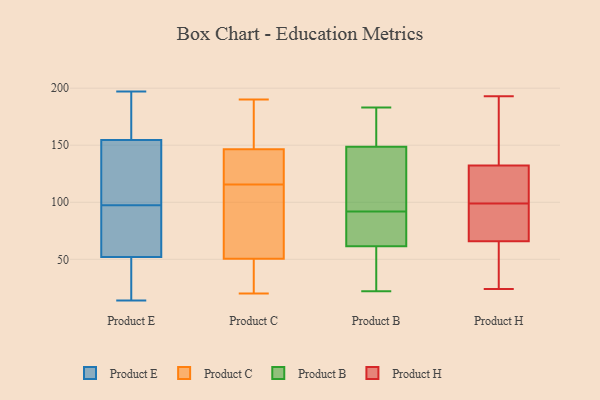
{"axis": {"x": "Satisfaction Score", "y": "Value"}, "legend": ["Product B", "Product C", "Product E", "Product H"], "data": [{"x": "", "y": 174, "type": "Product E"}, {"x": "", "y": 142, "type": "Product E"}, {"x": "", "y": 149, "type": "Product E"}, {"x": "", "y": 197, "type": "Product E"}, {"x": "", "y": 174, "type": "Product E"}, {"x": "", "y": 74, "type": "Product E"}, {"x": "", "y": 48, "type": "Product E"}, {"x": "", "y": 106, "type": "Product E"}, {"x": "", "y": 98, "type": "Product E"}, {"x": "", "y": 51, "type": "Product E"}, {"x": "", "y": 54, "type": "Product E"}, {"x": "", "y": 39, "type": "Product E"}, {"x": "", "y": 97, "type": "Product E"}, {"x": "", "y": 55, "type": "Product E"}, {"x": "", "y": 26, "type": "Product E"}, {"x": "", "y": 111, "type": "Product E"}, {"x": "", "y": 160, "type": "Product E"}, {"x": "", "y": 53, "type": "Product E"}, {"x": "", "y": 175, "type": "Product E"}, {"x": "", "y": 14, "type": "Product E"}, {"x": "", "y": 176, "type": "Product C"}, {"x": "", "y": 55, "type": "Product C"}, {"x": "", "y": 190, "type": "Product C"}, {"x": "", "y": 30, "type": "Product C"}, {"x": "", "y": 79, "type": "Product C"}, {"x": "", "y": 27, "type": "Product C"}, {"x": "", "y": 155, "type": "Product C"}, {"x": "", "y": 109, "type": "Product C"}, {"x": "", "y": 151, "type": "Product C"}, {"x": "", "y": 20, "type": "Product C"}, {"x": "", "y": 142, "type": "Product C"}, {"x": "", "y": 98, "type": "Product C"}, {"x": "", "y": 119, "type": "Product C"}, {"x": "", "y": 35, "type": "Product C"}, {"x": "", "y": 137, "type": "Product C"}, {"x": "", "y": 46, "type": "Product C"}, {"x": "", "y": 167, "type": "Product C"}, {"x": "", "y": 112, "type": "Product C"}, {"x": "", "y": 129, "type": "Product C"}, {"x": "", "y": 135, "type": "Product C"}, {"x": "", "y": 77, "type": "Product B"}, {"x": "", "y": 92, "type": "Product B"}, {"x": "", "y": 41, "type": "Product B"}, {"x": "", "y": 167, "type": "Product B"}, {"x": "", "y": 26, "type": "Product B"}, {"x": "", "y": 22, "type": "Product B"}, {"x": "", "y": 118, "type": "Product B"}, {"x": "", "y": 183, "type": "Product B"}, {"x": "", "y": 159, "type": "Product B"}, {"x": "", "y": 59, "type": "Product B"}, {"x": "", "y": 74, "type": "Product B"}, {"x": "", "y": 92, "type": "Product B"}, {"x": "", "y": 103, "type": "Product B"}, {"x": "", "y": 181, "type": "Product B"}, {"x": "", "y": 69, "type": "Product B"}, {"x": "", "y": 45, "type": "Product B"}, {"x": "", "y": 71, "type": "Product B"}, {"x": "", "y": 105, "type": "Product B"}, {"x": "", "y": 168, "type": "Product B"}, {"x": "", "y": 59, "type": "Product H"}, {"x": "", "y": 133, "type": "Product H"}, {"x": "", "y": 71, "type": "Product H"}, {"x": "", "y": 29, "type": "Product H"}, {"x": "", "y": 75, "type": "Product H"}, {"x": "", "y": 29, "type": "Product H"}, {"x": "", "y": 24, "type": "Product H"}, {"x": "", "y": 80, "type": "Product H"}, {"x": "", "y": 65, "type": "Product H"}, {"x": "", "y": 119, "type": "Product H"}, {"x": "", "y": 186, "type": "Product H"}, {"x": "", "y": 130, "type": "Product H"}, {"x": "", "y": 187, "type": "Product H"}, {"x": "", "y": 130, "type": "Product H"}, {"x": "", "y": 68, "type": "Product H"}, {"x": "", "y": 114, "type": "Product H"}, {"x": "", "y": 193, "type": "Product H"}, {"x": "", "y": 99, "type": "Product H"}, {"x": "", "y": 187, "type": "Product H"}]}